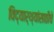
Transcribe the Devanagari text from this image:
विद्यार्थ्यांसाठीचे